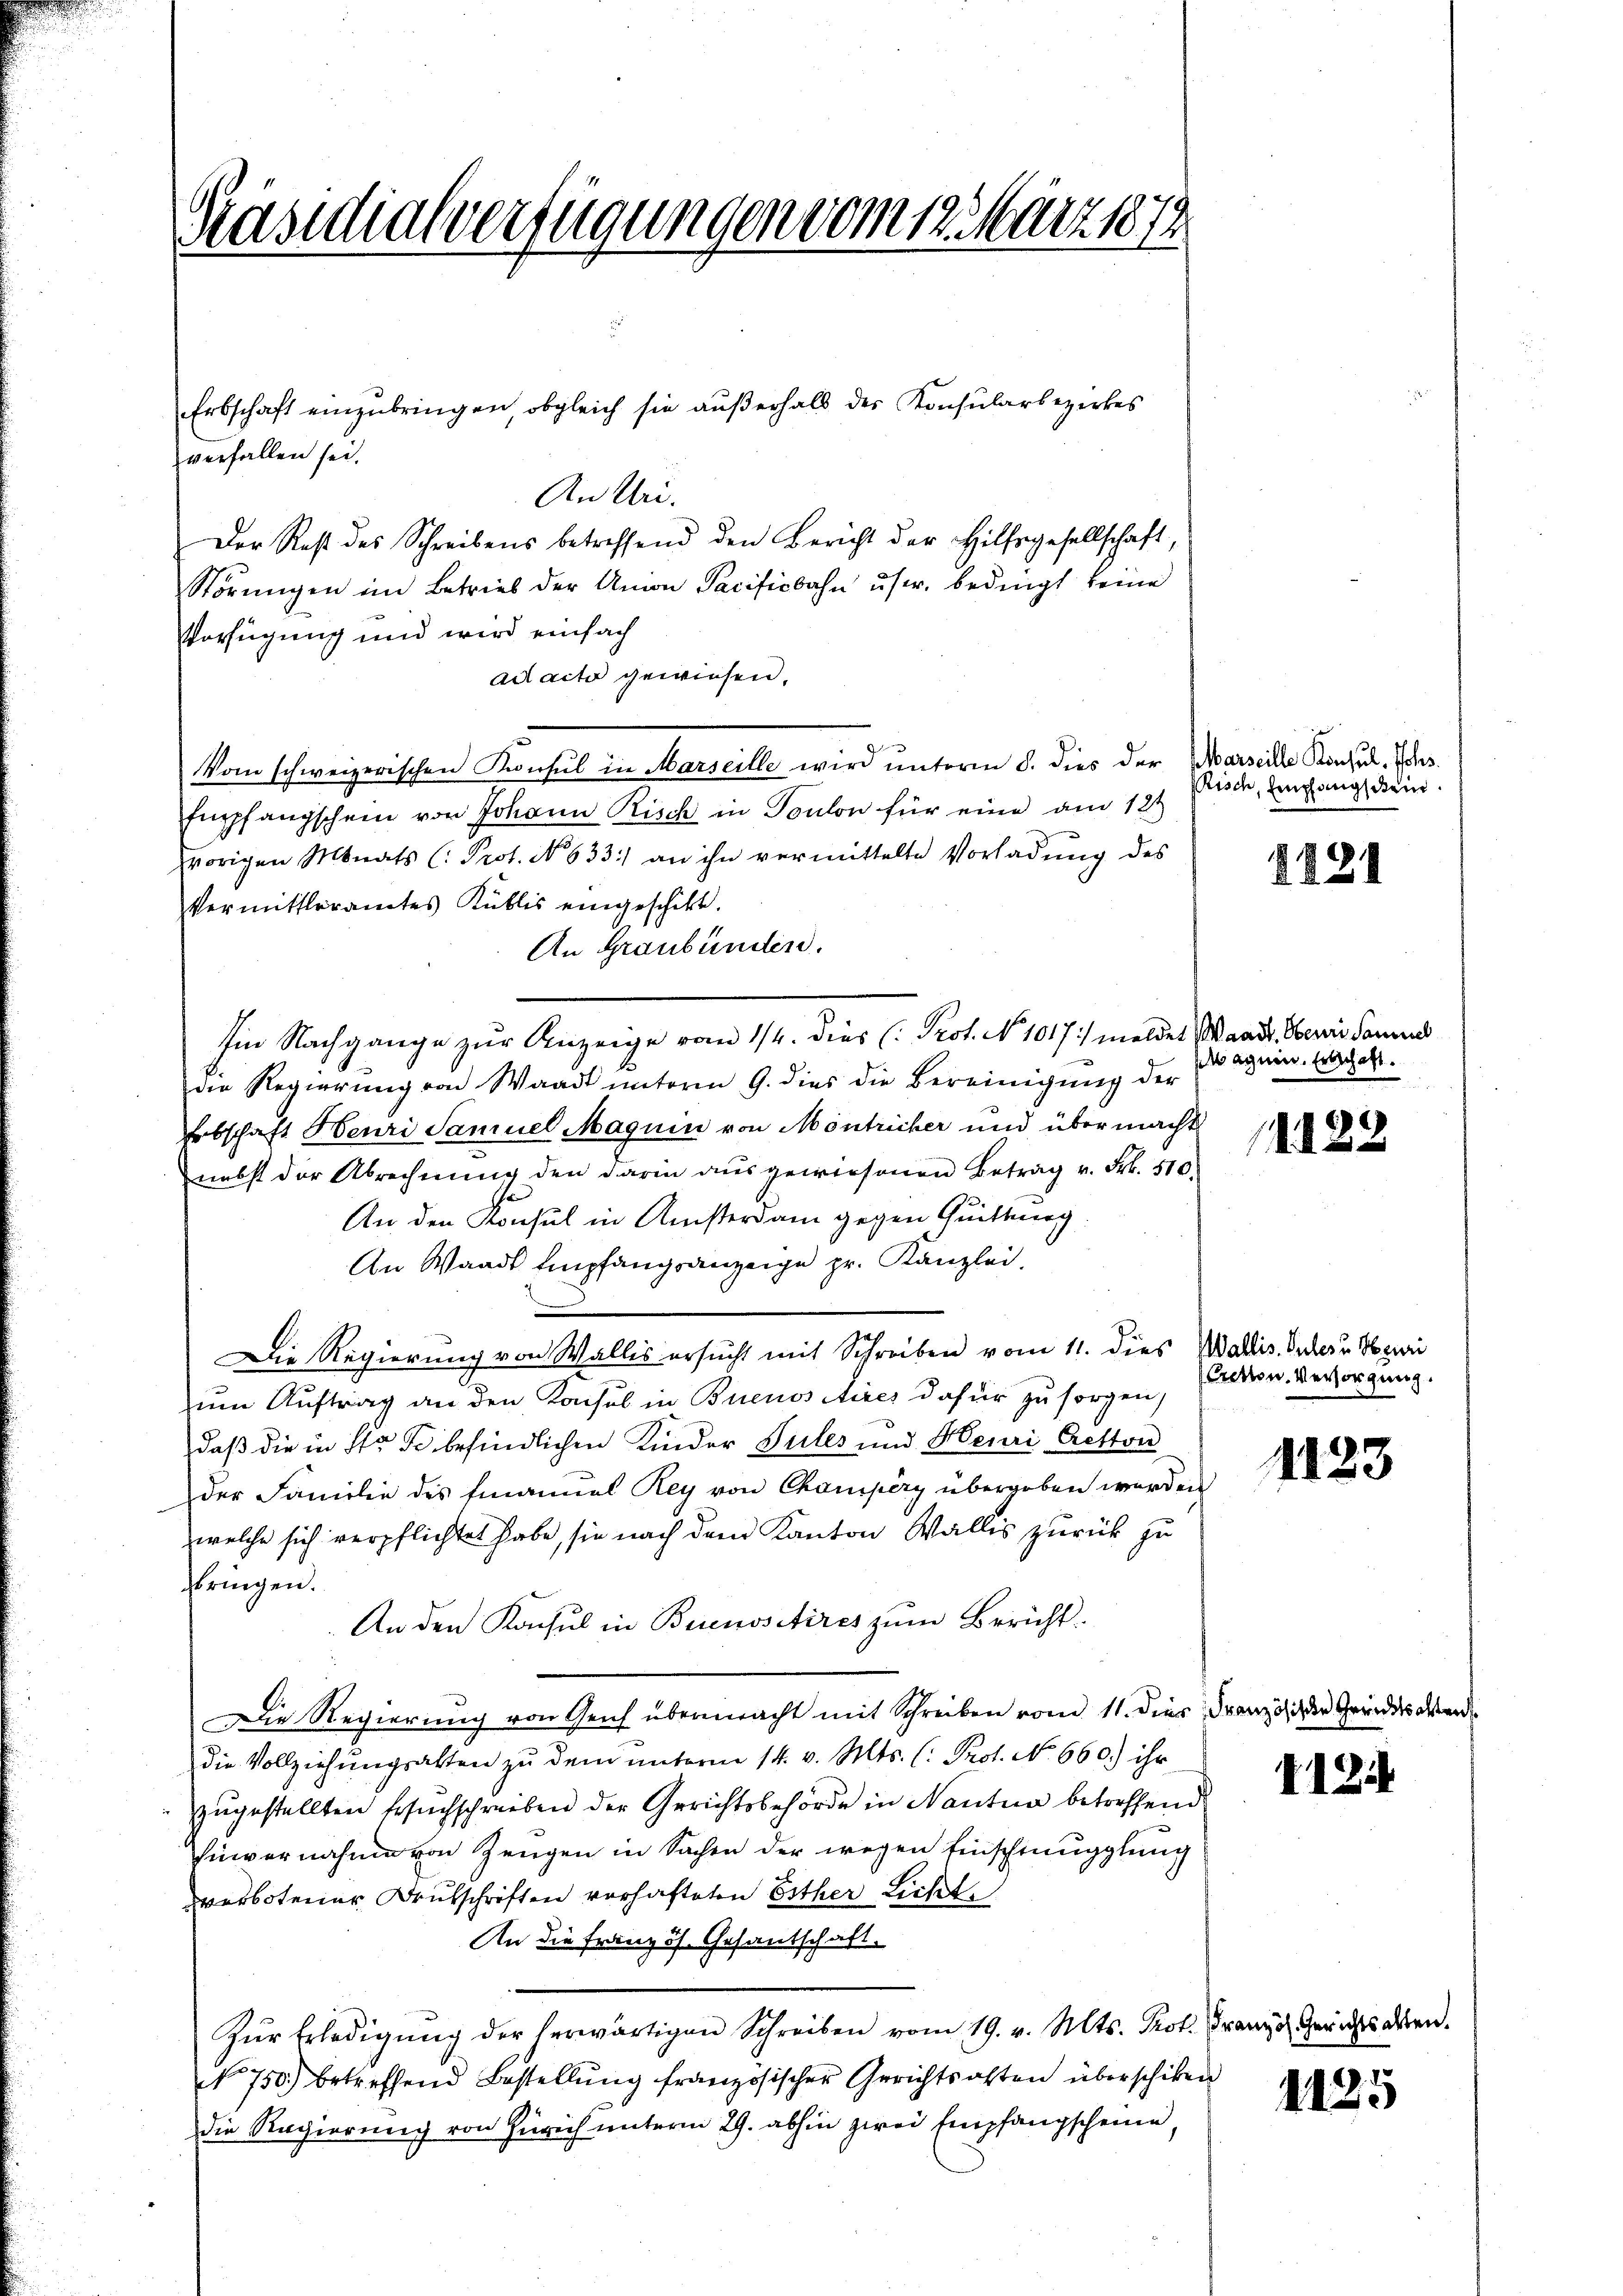
Präsidialverfügungen vom 12. März 1874

verfallen sei.
An Uri.
Der Rest des Schreibens betreffend den Bericht der Hilfsgesellschaft
Störŭngen im Betrieb der Union Pacificbahn user. bedingt keine
Verfügung und wird einfach
ad acta gewiesen.
f
Vom schweizerischen Konsul in Marseille wird unterm 8. dies der Marseille Konsul, Johs.
Empfangschein von Johann Risch in Toulon für eine am 12t
vorigen Monats (: Prot. No. 633. an ihn vermittelte Vorladung des
Vermittleramtes Kublis eingeschikt.
An Graubünden.
Im Nachgange zur Anzeige vom 1/4. dies (Prot. N. 1017:/ meldet Waadt. Obern Samue
die Regierung von Waadt unterm 9. dies die Bereinigung der
Erbschaft Heuri Samuel Magnin von Montricher und übermacht
nebst der Abrechnung den darin aŭsgewiesenen Betrag v. Frk. 510.
An den Konsul in Ansterdam gegen Quittung
An Waadt Empfangsanzeige pr. Kanzlei.
Die Regierung von Wallis ersucht mit Schreiben vom 11. dies Wallis. Peter u Neui
zum Auftrag an den Konsul in Buenos Aires dafür zu sorgen,
daß die in Str. So befindlichen Kinder Sules und Henri Cretton
der Familie des Emanuel Rey von Champery übergeben werden
welche sich verpflichtet habe, sie nach dem Kanton Wallis zurück zu
bringen.
An den Konsul in Buenositires zum Bericht.
Die Regierung von Geich übermacht mit Schreiben vom 11. dies Französi der Grundessen
die Vollziehungsalten zu dem unterm 14. v. Mts. (: Prot. No 660.) ihr
zugestellten Ersuchschrieben der Gerichtsbehörde in Nantur betreffend
hinvernahme von Zeugen in Sachen der wegen Einschinugglung
verbotener Deutschriften verhafteten Esther Licht
An die Französ. Gesantschaft.
Zŭr Erledigŭng der herwärtigen Schreiben vom 19. v. Mts. Prot. Franz. Gerichtsalten.
NNo. 750.) betreffend Bestellŭng französischer Gerichtsalten überschiken
die Regierung von Zürich unterm 29. abhin zwei Empfangscheine,

Erbschaft einzubringen, obgleich sie außerhalb des Konsularbezirkes

Risch, Empfangschein

1821

pagnen. Erbschaft.

11122

(Cretton. Versorgung.

1123

412.

1125